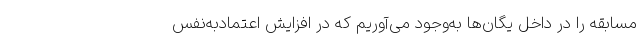
مسابقه را در داخل یگان‌ها به‌وجود می‌آوریم که در افزایش اعتمادبه‌نفس